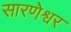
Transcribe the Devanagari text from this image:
सारणेश्वर